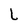
Character: L